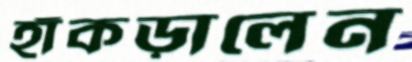
হাঁকড়ালেন